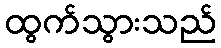
ထွက်သွားသည်